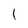
Character: l